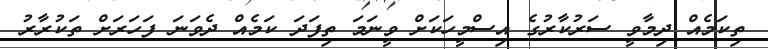
ތިކަމެއް ދިމާވީ ސަރުކާރުގެ އިސްމީހަކަށް ވީނަމަ ތިފަދަ ކަމެއް ދެވަނަ ފަހަރަށް ތަކުރާރު